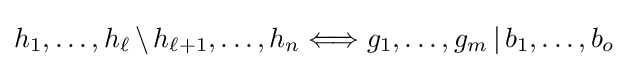
h_{1},\dots ,h_{\ell }\,\backslash \,h_{\ell +1},\dots ,h_{n}\Longleftrightarrow g_{1},\dots ,g_{m}\,|\,b_{1},\dots ,b_{o}